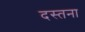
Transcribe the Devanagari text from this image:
दस्तना